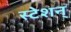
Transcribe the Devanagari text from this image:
स्टेशन्